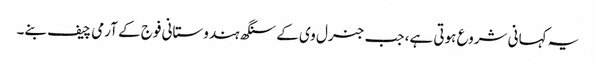
یہ کہانی شروع ہوتی ہے، جب جنرل وی کے سنگھ ہندوستانی فوج کے آرمی چیف بنے۔